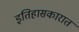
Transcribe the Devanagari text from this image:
इतिहासकारात